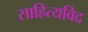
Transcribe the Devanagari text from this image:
साहित्यविद